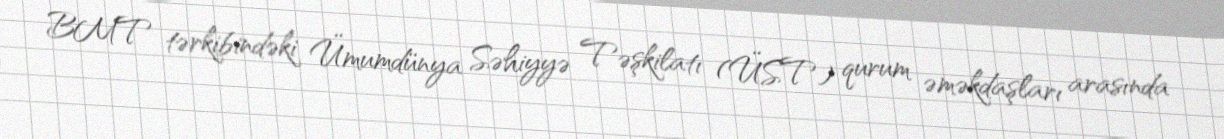
BMT tərkibindəki Ümumdünya Səhiyyə Təşkilatı (ÜST) qurum əməkdaşları arasında